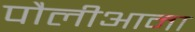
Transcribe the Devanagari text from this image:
पौलीआना